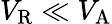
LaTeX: V_{\mathrm{R}}\ll V_{\mathrm{A}}